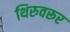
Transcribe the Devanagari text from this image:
थिरुवरूर